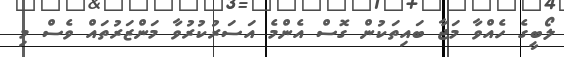
ލޯބީގެ ހެއްވާ މަޖާ ބައިތަކުން ގޮސް އެންމެ އަސަރުކުރުވާ މަންޒަރުތައް ވެސް މި